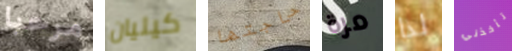
مرحبا كيليان حاجتها مرة لذا تأخذني